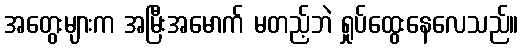
အတွေးများက အမြီးအမောက် မတည့်ဘဲ ရှုပ်ထွေးနေလေသည်။